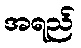
အရည်